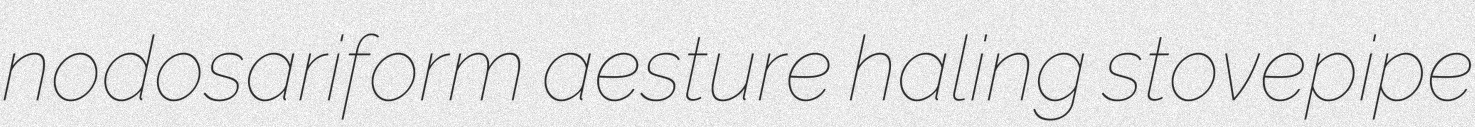
nodosariform aesture haling stovepipe